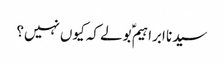
سیدنا ابراہیمؑ بولے کہ کیوں نہیں؟